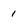
Character: 1